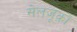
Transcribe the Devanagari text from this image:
सेलजूक़ों